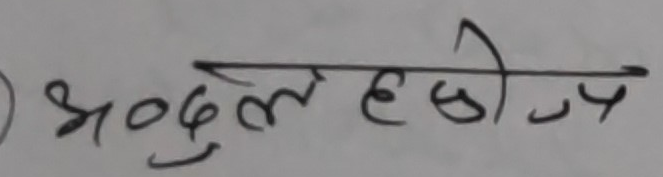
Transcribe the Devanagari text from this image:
अदुल हेछोय